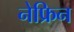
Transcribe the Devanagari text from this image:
नेफ्रिन